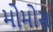
મોમોસ